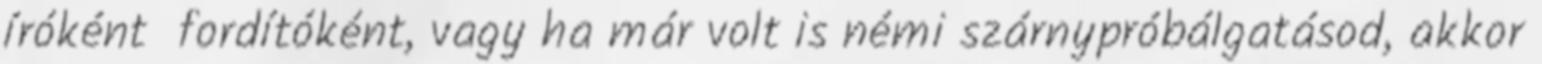
íróként fordítóként, vagy ha már volt is némi szárnypróbálgatásod, akkor